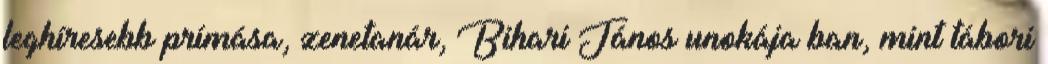
leghíresebb prímása, zenetanár, Bihari János unokája ban, mint tábori